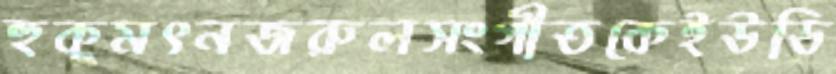
হুকুমৎনজরুলসংগীতকেইউডি